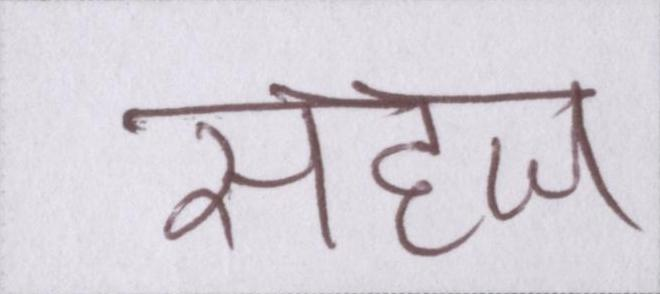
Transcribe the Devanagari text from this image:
सहज